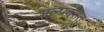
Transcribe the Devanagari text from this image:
अल्पदरात